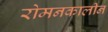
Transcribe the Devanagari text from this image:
रोमनकालीन